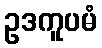
ဥဒကူပမံ